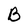
Character: B